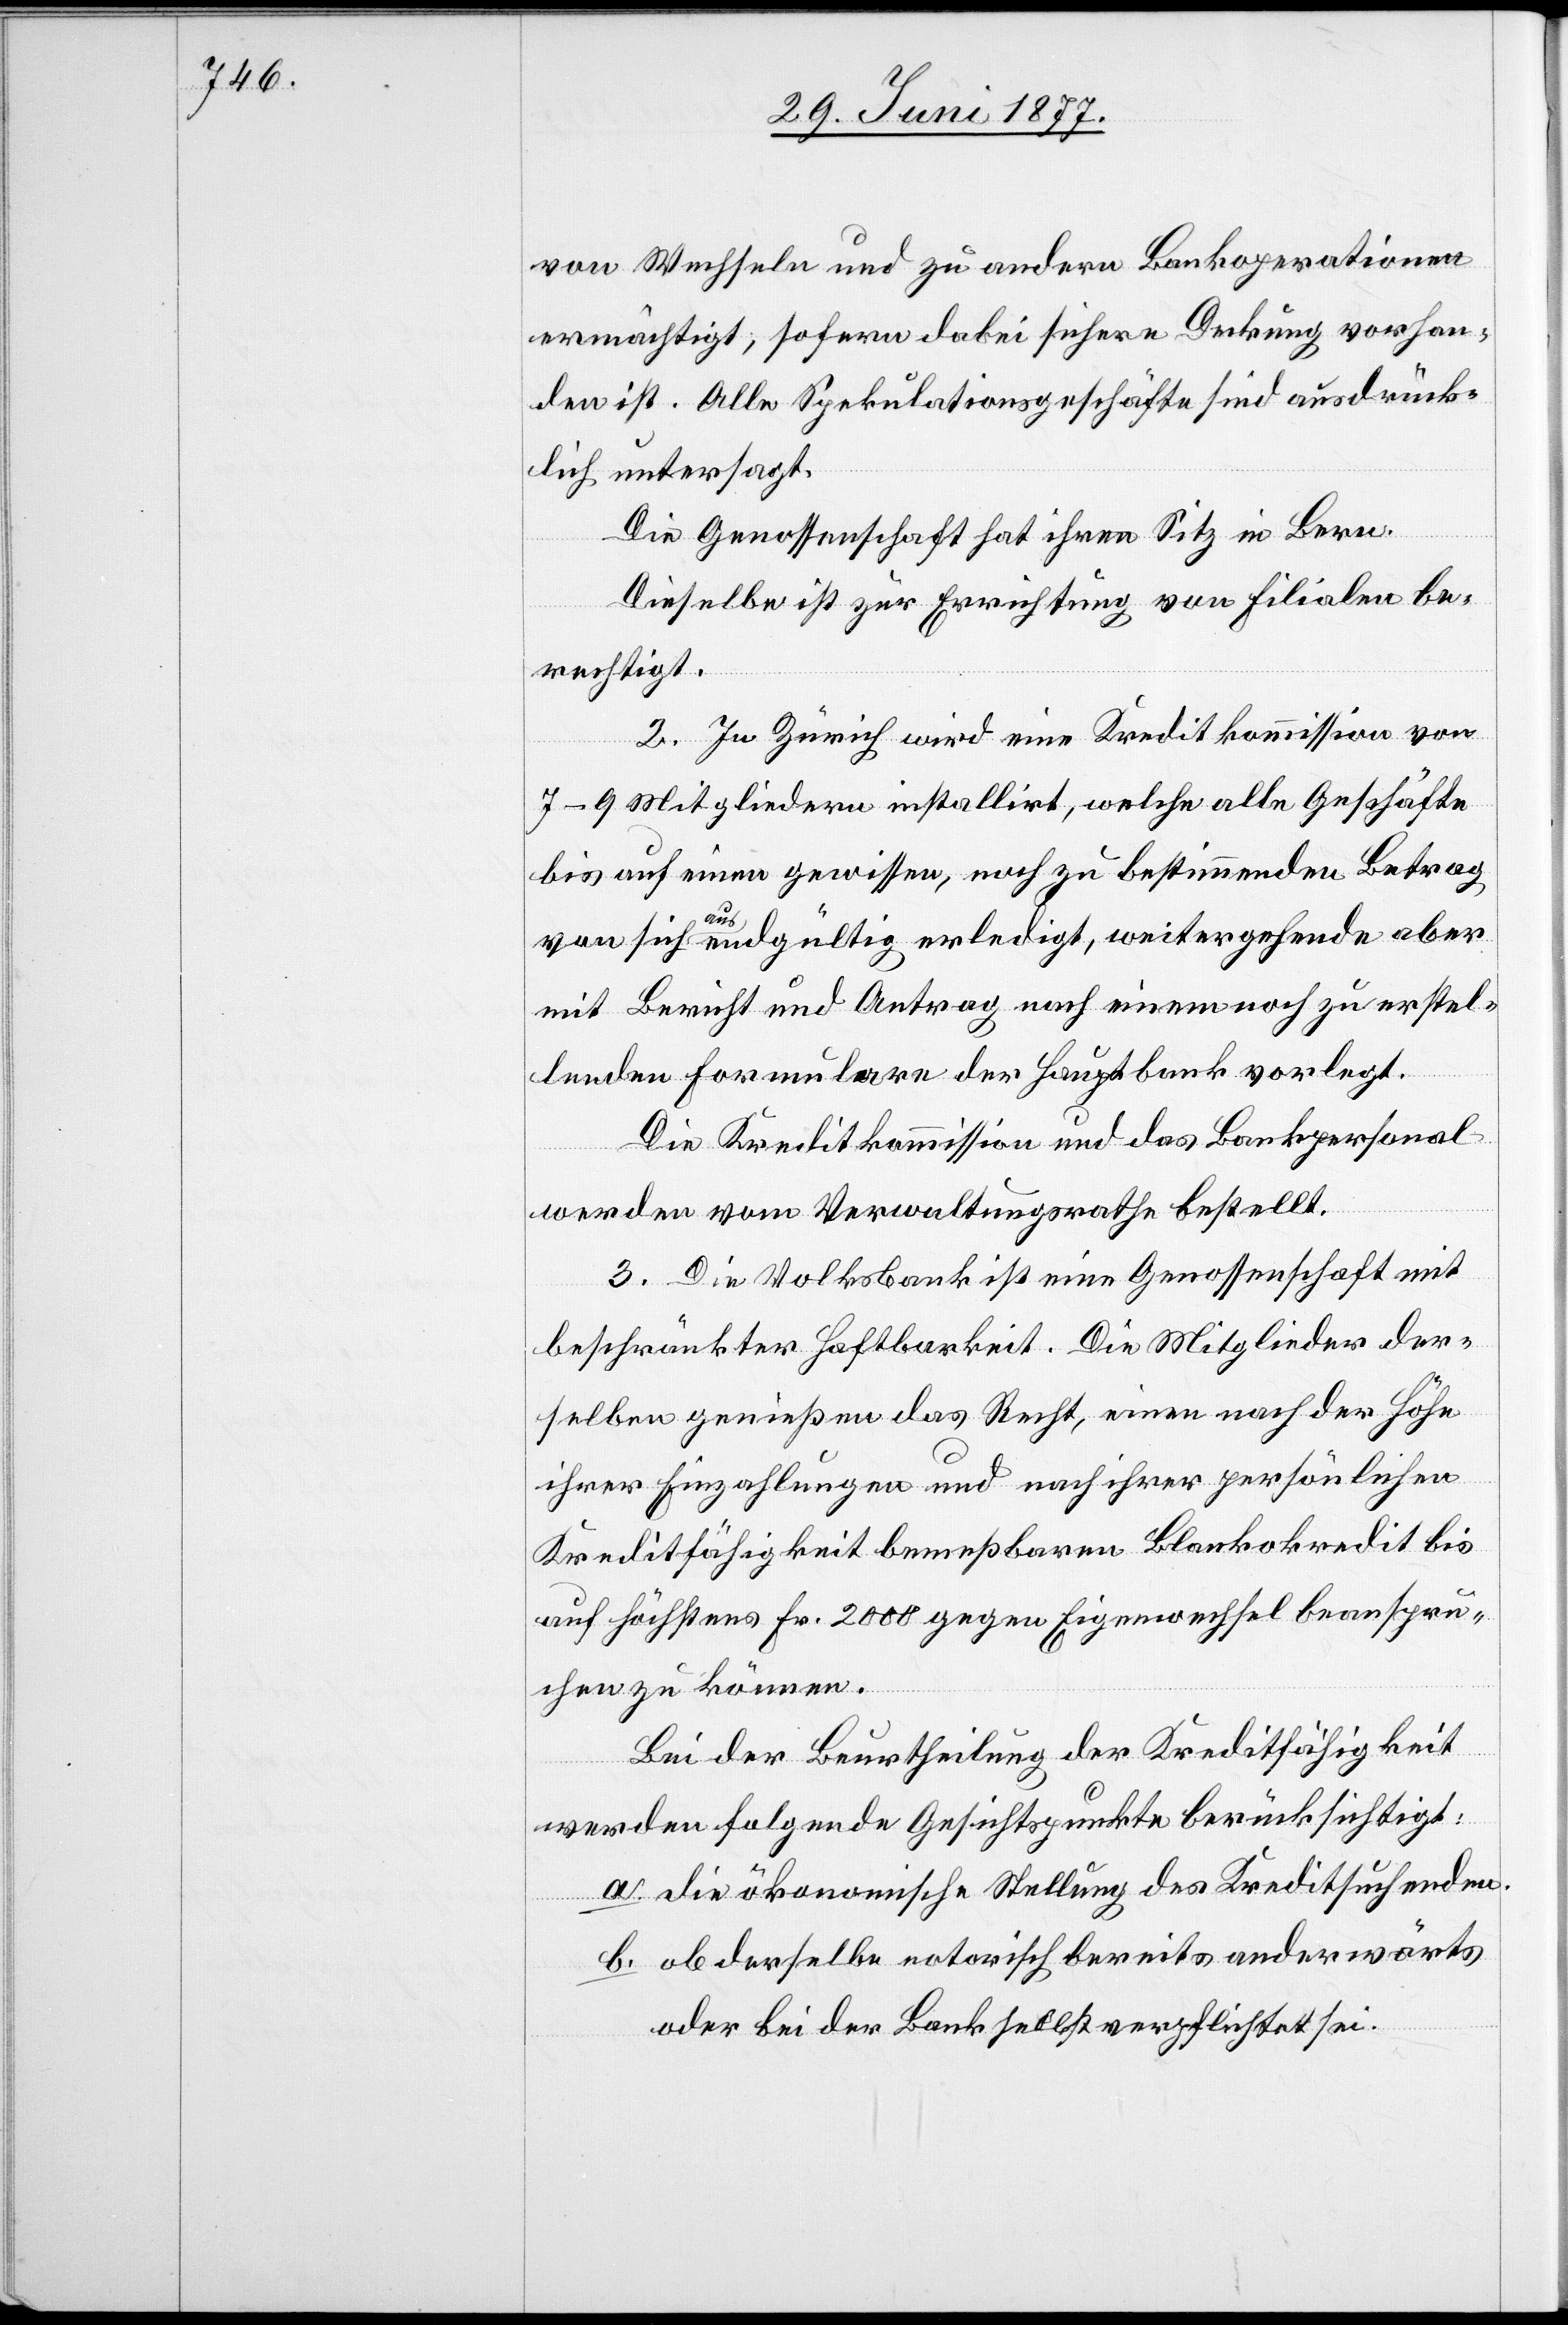
von Wechseln und zu andern Bankoperationen
ermächtigt, sofern dabei sichere Deckung vorhan¬
den ist. Alle Spekulationsgeschäfte sind ausdrück¬
lich untersagt.
Die Genossenschaft hat ihren Sitz in Bern.
Dieselbe ist zur Errichtung von Filialen be¬
rechtigt.
2. In Zürich wird eine Kreditkommission von
7–9 Mitgliedern installirt, welche alle Geschäfte
bis auf einen gewissen, noch zu bestimmenden Betrag
von sich aus endgültig erledigt, weitergehende aber
mit Bericht und Antrag nach einem noch zu erstel¬
lenden Formulare der Hauptbank vorlegt.
Die Kreditkommission und das Bankpersonal
werden vom Verwaltungsrathe bestellt.
3. Die Volksbank ist eine Genossenschaft mit
beschränkter Haltbarkeit. Die Mitglieder der¬
selben genießen das Recht, einen nach der Höhe
ihrer Einzahlungen und nach ihrer persönlichen
Kreditfähigkeit bemeßbaren Blankokredit bis
auf höchstens Fr. 2000 gegen Eigenwechsel beanspru¬
chen zu können.
Bei der Beurtheilung der Kreditfähigkeit
werden folgende Gesichtspunkte berücksichtigt:
a. die ökonomische Stellung des Kreditsuchenden.
b. ob derselbe notorisch bereits anderwärts
oder bei der Bank selbst verpflichtet sei.